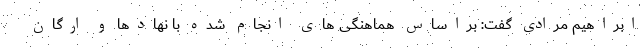
ابراهیم مرادی گفت: براساس هماهنگی های انجام شده با نهادها و ارگان